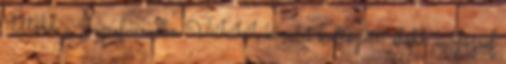
Utóbb a Józsefvárosba VIII. kerület költözött: előbb a József